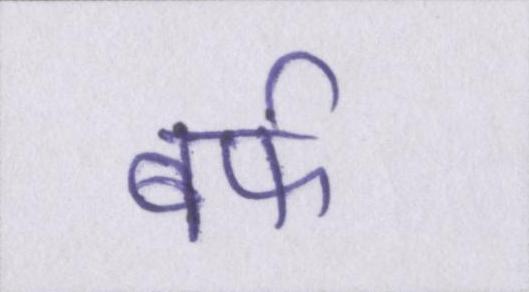
बर्फ